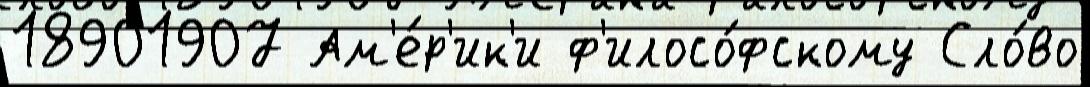
18901907 Ам'е́р'ик'и ф'илосо́фскому Сло́во